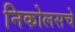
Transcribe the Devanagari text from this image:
निकोलसचे